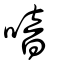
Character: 喑